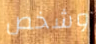
وشخص